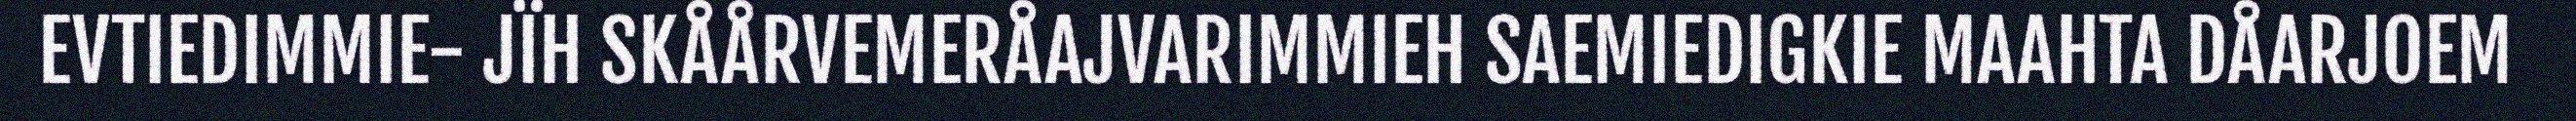
EVTIEDIMMIE- JÏH SKÅÅRVEMERÅAJVARIMMIEH SAEMIEDIGKIE MAAHTA DÅARJOEM